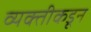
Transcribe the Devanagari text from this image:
व्यक्‍तीकडून